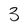
Character: 3